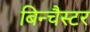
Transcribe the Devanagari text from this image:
बिन्चैस्टर